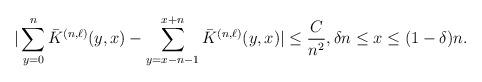
LaTeX: \begin{align*}|\sum_{y=0}^n \bar K^{(n,\ell)}({y,x})-\sum_{y=x-n-1}^{x+n}\bar K^{(n,\ell)}({y,x})|\le\frac{C}{n^2}, \delta n\le x \le (1-\delta)n.\end{align*}